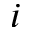
i